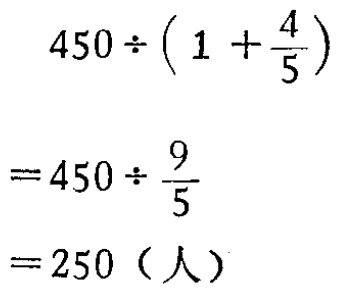
\frac{|a + b|}{|a| + |b|} \leq 1.